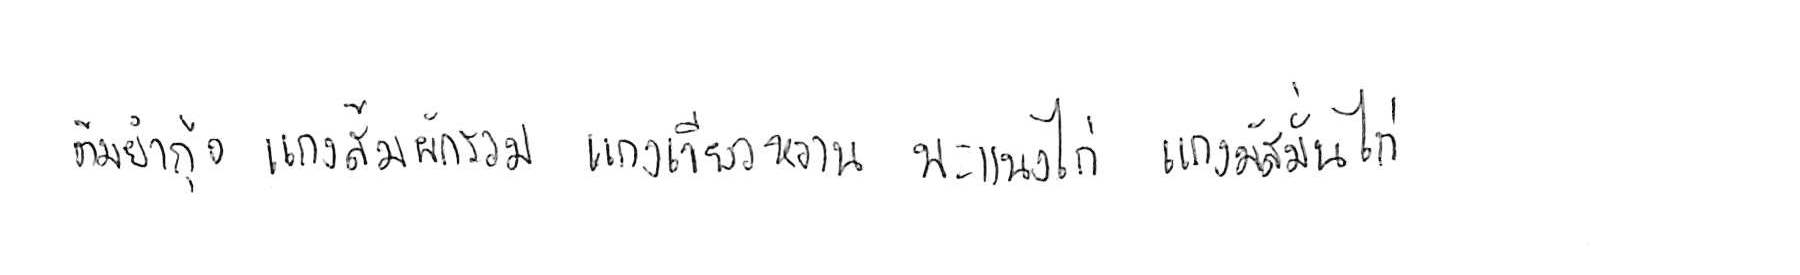
ต้มยำกุ้ง แกงส้มผักรวม แกงเขียวหวาน พะแนงไก่ แกงมัสมั่นไก่